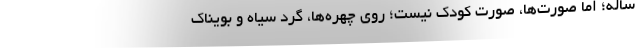
ساله؛ اما صورت‌ها، صورت کودک نیست؛ روی چهره‌ها، گرد سیاه و بویناک